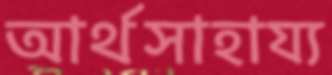
আর্থসাহায্য